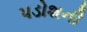
પડોશની